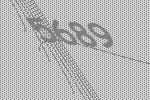
5689